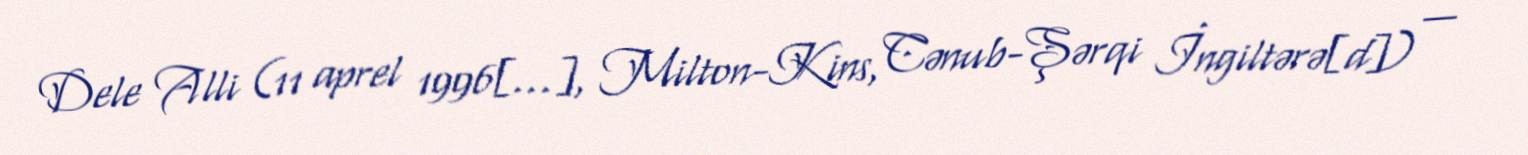
Dele Alli (11 aprel 1996[…], Milton-Kins, Cənub-Şərqi İngiltərə[d]) —